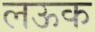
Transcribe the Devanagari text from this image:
लऊक